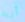
أريد